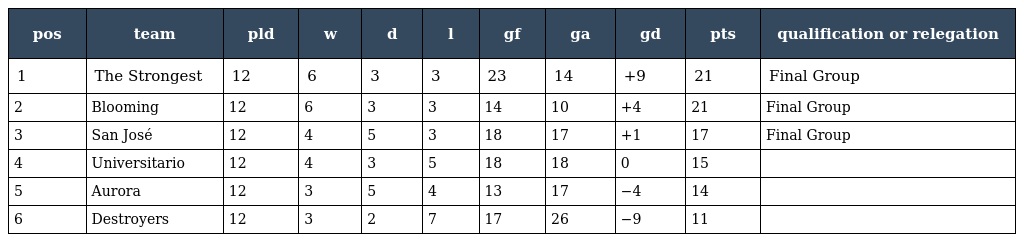
| pos | team | pld | w | d | l | gf | ga | gd | pts | qualification or relegation |
 | --- | --- | --- | --- | --- | --- | --- | --- | --- | --- | --- |
 | 1 | The Strongest | 12 | 6 | 3 | 3 | 23 | 14 | +9 | 21 | Final Group |
 | 2 | Blooming | 12 | 6 | 3 | 3 | 14 | 10 | +4 | 21 | Final Group |
 | 3 | San José | 12 | 4 | 5 | 3 | 18 | 17 | +1 | 17 | Final Group |
 | 4 | Universitario | 12 | 4 | 3 | 5 | 18 | 18 | 0 | 15 |  |
 | 5 | Aurora | 12 | 3 | 5 | 4 | 13 | 17 | −4 | 14 |  |
 | 6 | Destroyers | 12 | 3 | 2 | 7 | 17 | 26 | −9 | 11 |  |